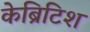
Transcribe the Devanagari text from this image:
केब्रिटिश